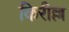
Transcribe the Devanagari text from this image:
किरील्ल